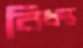
বিধস্ত